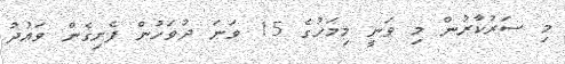
މި ސަރުކާރުން މި ވަނީ މިމަހުގެ 15 ވަނަ ދުވަހުން ފެށިގެން ވައުދު